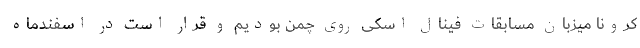
کرونا میزبان مسابقات فینال اسکی روی چمن بودیم و قرار است در اسفندماه